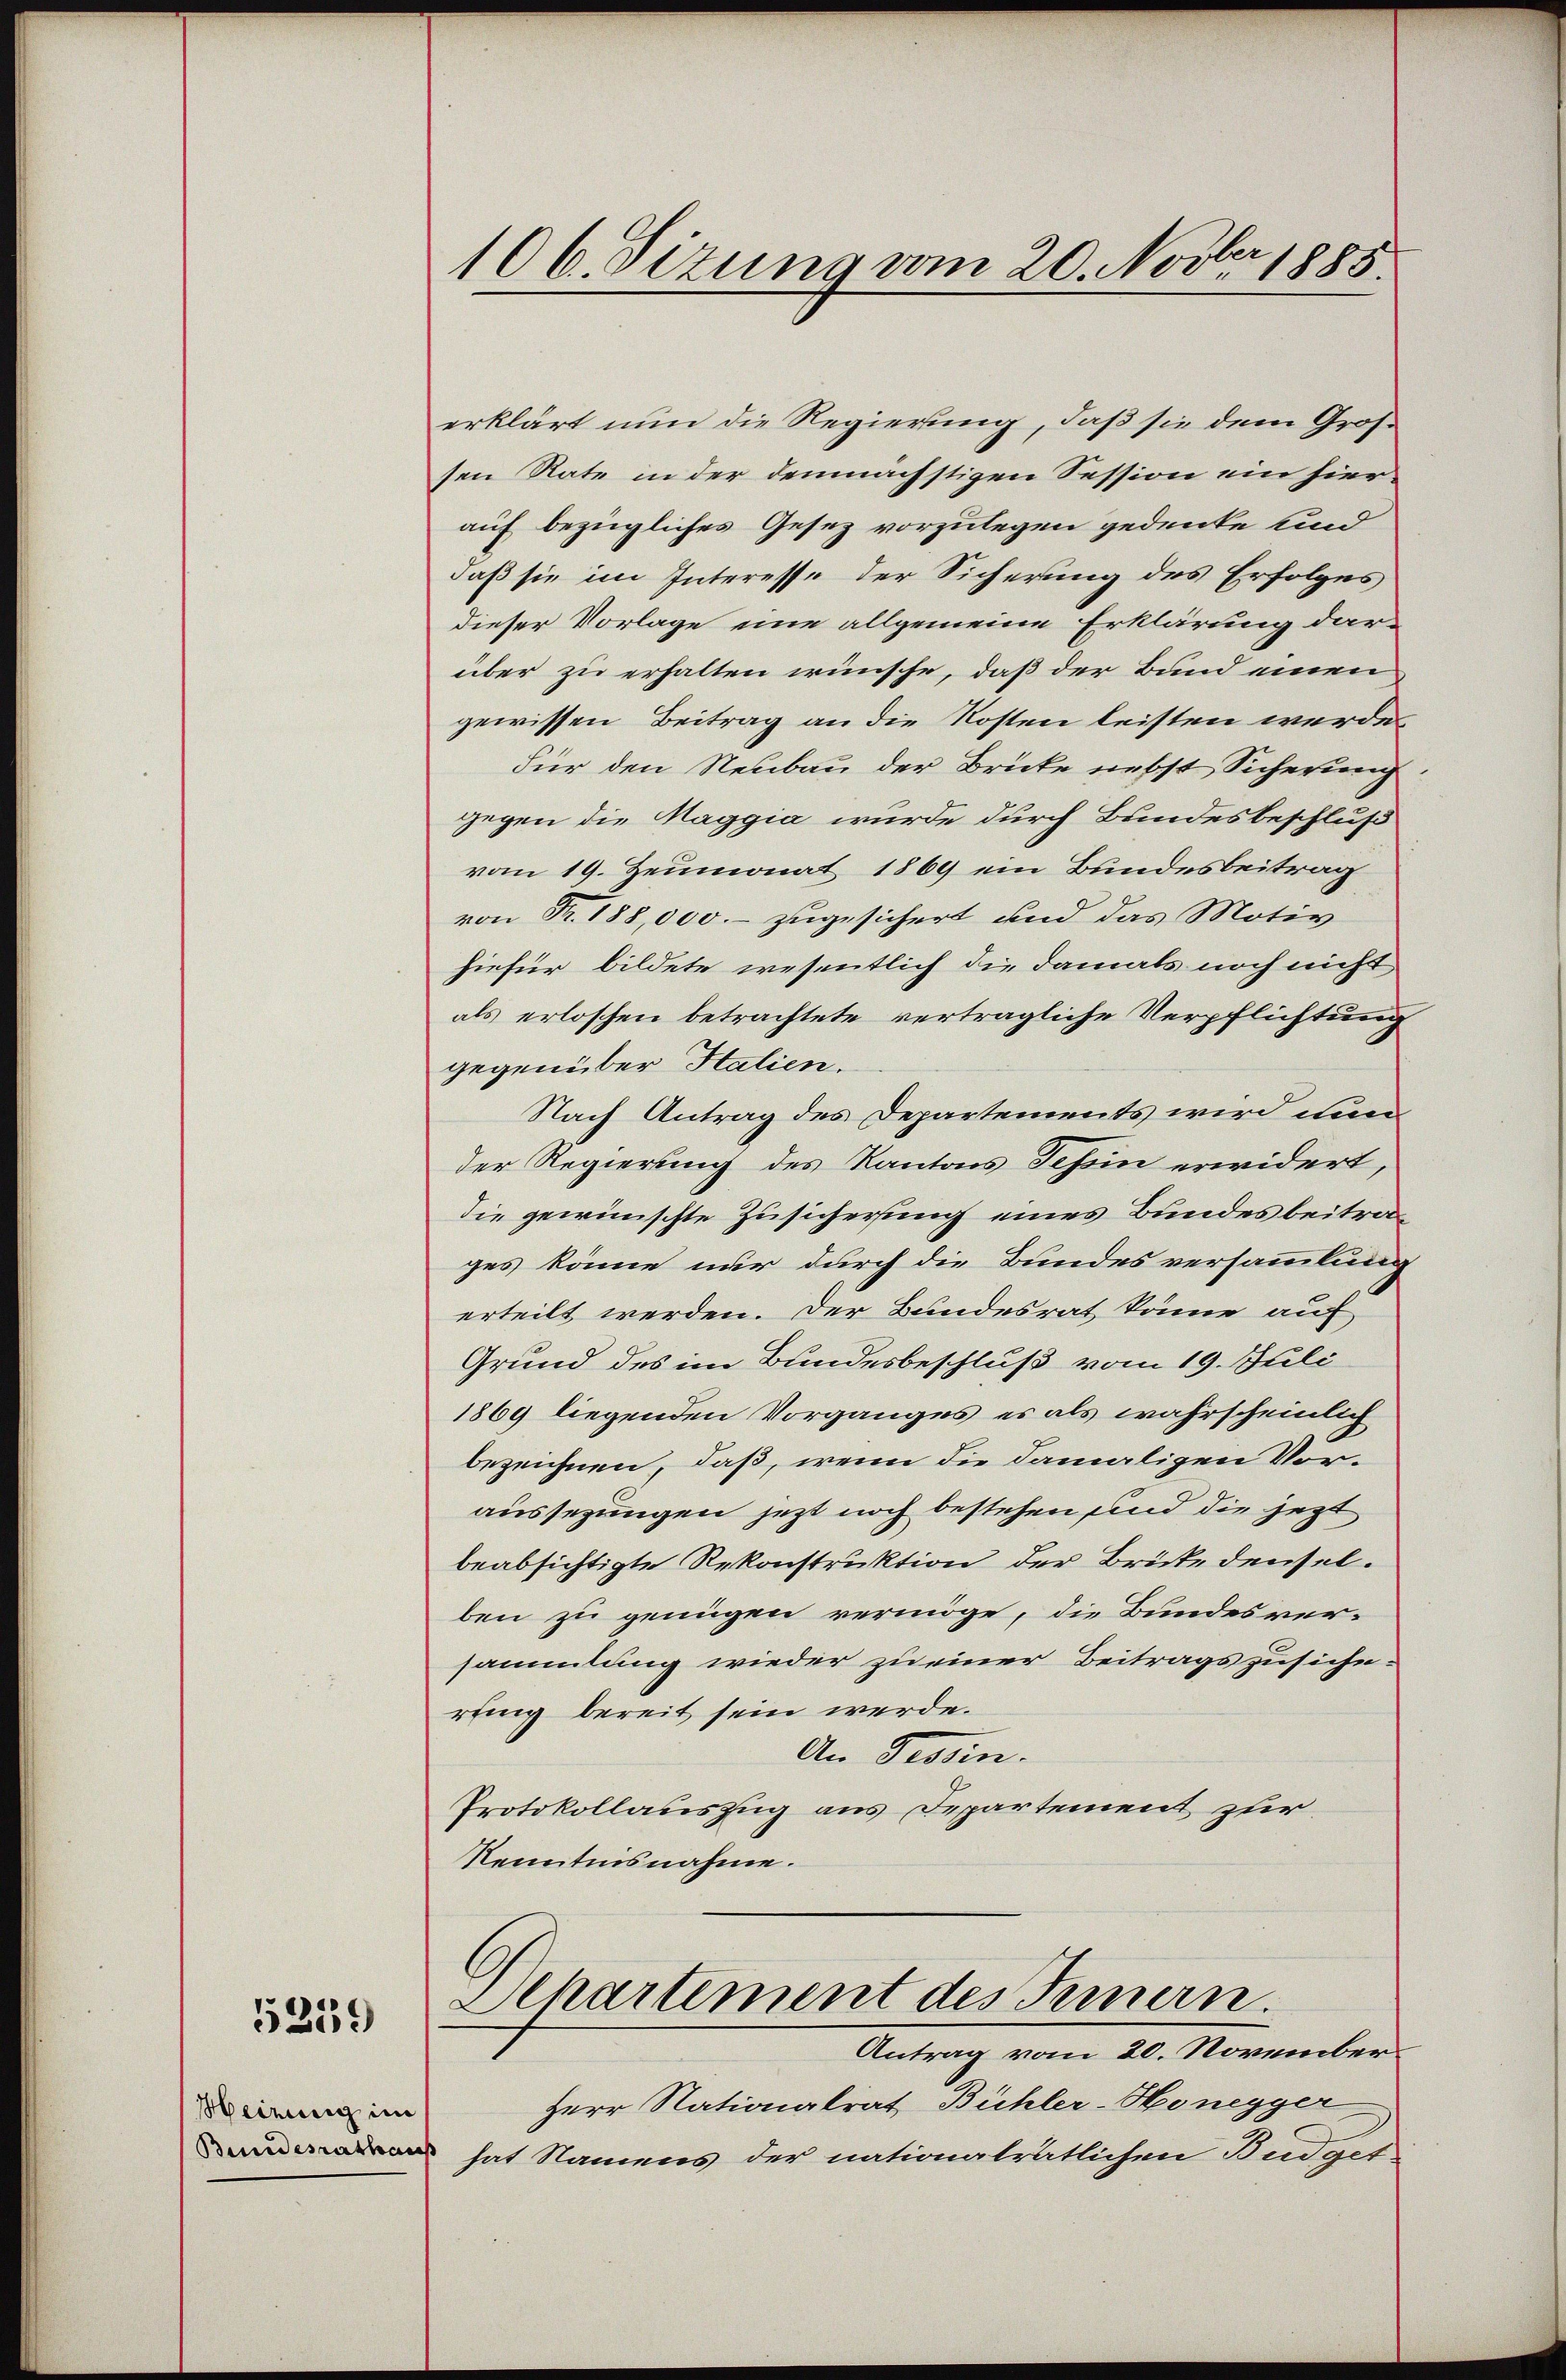
5259

Meinung im
Beundesrathaus

106. Sizung vom 20. Novbr. 1885.

erklärt nun die Regierung, daß sie dem Großsen Rate in der demnächstigen Session ein hier
auf bezügliches Gesetz vorzulegen gedenke und
daß sie im Interesse der Sicherung des Erfolges
dieser Vorlage eine allgemeine Erklärung dar-
über zu erhalten wünsche, daß der Bund einen
gewissen Beitrag an die Kosten leisten werde.
Für den Neubau der Brücke nebst Sicherung.
gegen die Maggia wurde durch Bundesbeschluß
vom 19. Zeumonat 1869 ein Bundesbeitrag
von Fr. 188,000.- zugesichert und das Motiv
hiefür bildete wesentlich die damals noch nicht
als erloschen betrachtete vertragliche Verpflichtung
gegenüber Stalien.
Nach Antrag des Departements wird nun
der Regierung des Kantons Schin erwidert,
die gewünschte Zusicherung eines Bundesbeitrages könne nur durch die Bundesversammlung
erteilt werden. Der Bundesrat könne auf
Grund des im Bundesbeschluß vom 19. Juli
1869 liegenden Vorganges es als wahrscheinlich
bezeichnen, daß, wenn die damaligen Voraussezungen jetzt noch bestehen und die jetzt
beabsichtigte Rekonstruktion der Brüke denselben zu genügen vermöge, die Bundesver-
sammlung wieder zu einer Beitragszusiche-
rung bereit sein werde.
An Tessin.
Protokollauszug aus Departement zur
Kenntnisnahme.
Departement des Innern.
Antrag vom 20. November
Herr Nationalrat Bühler-Honegger
hat Namens der nationalrätlichen Budget